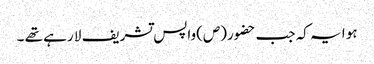
ہو ا یہ کہ جب حضور(ص)واپس تشریف لا رہے تھے ۔